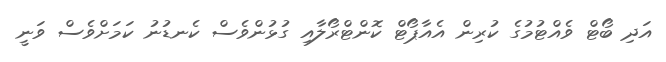
އަދި ބޯޓް ވެއްޓުމުގެ ކުރިން އެއާޕޯޓް ކޮންޓްރޯލާއި ގުޅުންވެސް ކެނޑުނު ކަމަށްވެސް ވަނީ